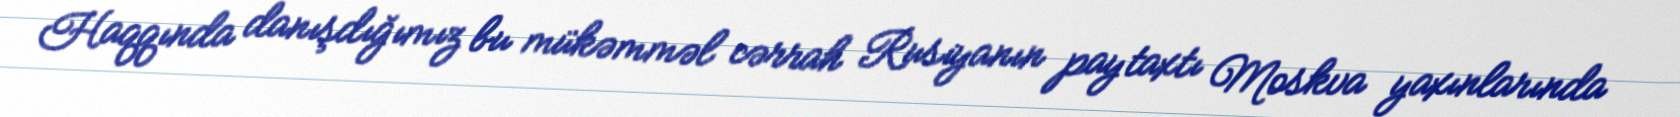
Haqqında danışdığımız bu mükəmməl cərrah Rusiyanın paytaxtı Moskva yaxınlarında